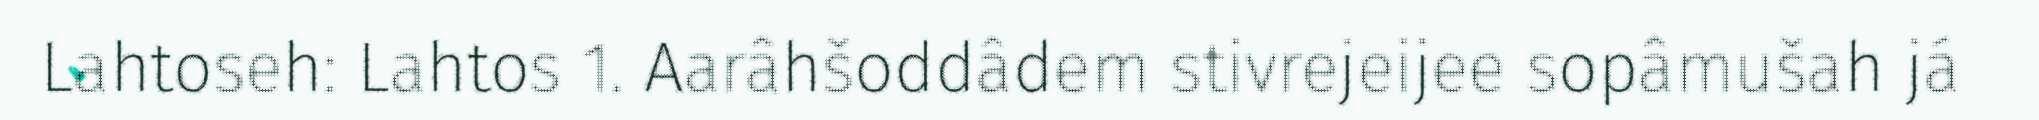
Lahtoseh: Lahtos 1. Aarâhšoddâdem stivrejeijee sopâmušah já